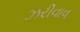
ઝરીવાવ